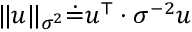
\| u \| _ { \sigma ^ { 2 } } \dot { = } u ^ { \top } \cdot { \sigma } ^ { - 2 } u